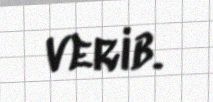
verib.